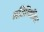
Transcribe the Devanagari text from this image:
गतिविधींवर